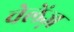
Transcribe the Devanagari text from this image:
चेलेंज़